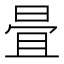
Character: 𣆹